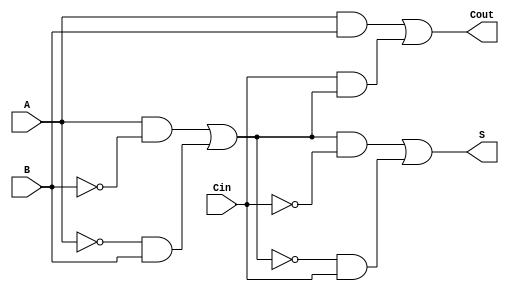
module TransmissionGateFullAdder (
    input wire A,      // First binary input
    input wire B,      // Second binary input
    input wire Cin,    // Carry input
    output wire S,     // Sum output
    output wire Cout   // Carry output
);

// Internal wires for intermediate signals
wire A_xor_B;        // Intermediate signal for A  B
wire A_and_B;        // Intermediate signal for A  B
wire Cin_and_A_xor_B; // Intermediate signal for Cin  (A  B)

// Transmission Gate for A  B
assign A_xor_B = (A & ~B) | (~A & B);

// Transmission Gates for Sum (S = A  B  Cin)
assign S = (A_xor_B & ~Cin) | (~A_xor_B & Cin);

// Transmission Gates for Carry-out (Cout = (A  B) + (Cin  (A  B)))
assign A_and_B = A & B;
assign Cin_and_A_xor_B = Cin & A_xor_B;
assign Cout = A_and_B | Cin_and_A_xor_B;

endmodule